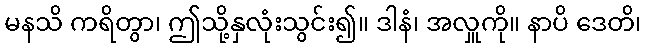
မနသိ ကရိတွာ၊ ဤသို့နှလုံးသွင်း၍။ ဒါနံ၊ အလှူကို။ နာပိ ဒေတိ၊